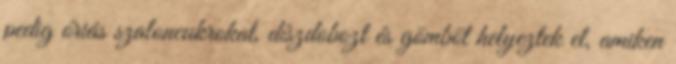
pedig óriás szaloncukrokat, díszdobozt és gömböt helyeztek el, amiken